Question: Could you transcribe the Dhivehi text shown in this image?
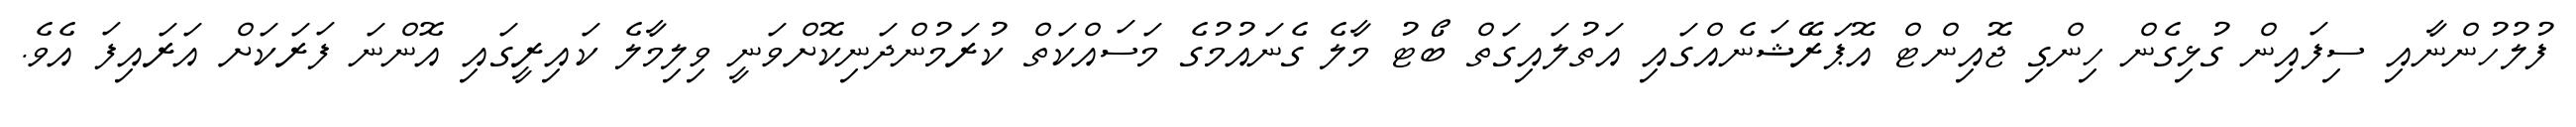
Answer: ފުލުހުންނާއި ސިފައިން ގުޅިގެން ހިންގި ޖޮއިންޓް އޮޕަރޭޝަނެއްގައި އަތުލައިގަތް ބޯޓު މާލެ ގެނައުމުގެ މަސައްކަތް ކުރަމުންދަނިކޮށްވަނީ ވިލިމާލެ ކައިރީގައި އޮންނަ ފަރަކަށް އަރައިފަ އެވެ.